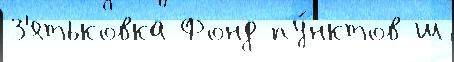
З'ятьковка Фонд пу́нктов ш